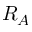
R _ { A }